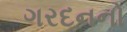
ગરદનનો